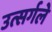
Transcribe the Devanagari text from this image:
उत्सर्गले